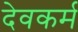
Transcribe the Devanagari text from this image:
देवकर्म